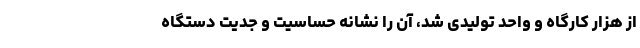
از هزار کارگاه و واحد تولیدی شد، آن را نشانه حساسیت و جدیت دستگاه